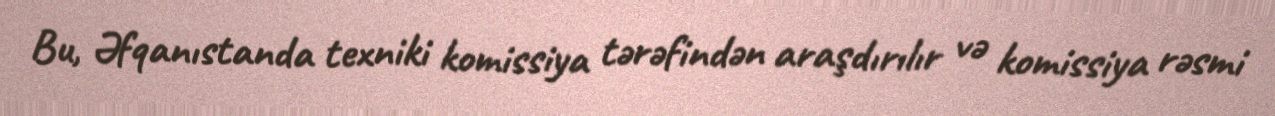
Bu, Əfqanıstanda texniki komissiya tərəfindən araşdırılır və komissiya rəsmi